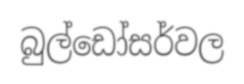
බුල්ඩෝසර්වල